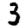
Digit: 3